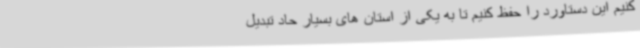
کنیم این دستاورد را حفظ کنیم تا به یکی از استان های بسیار حاد تبدیل